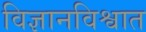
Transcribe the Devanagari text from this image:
विज्ञानविश्वात